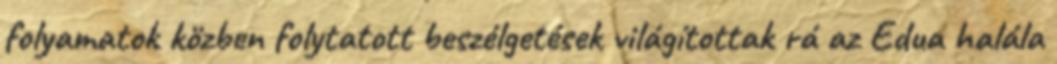
folyamatok közben folytatott beszélgetések világítottak rá az Edua halála